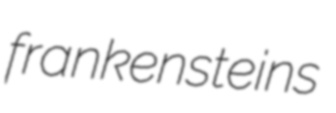
frankensteins